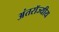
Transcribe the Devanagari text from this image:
अंतरॉज्यीय